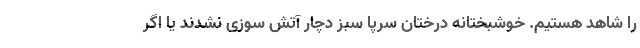
را شاهد هستیم. خوشبختانه درختان سرپا سبز دچار آتش سوزی نشدند یا اگر